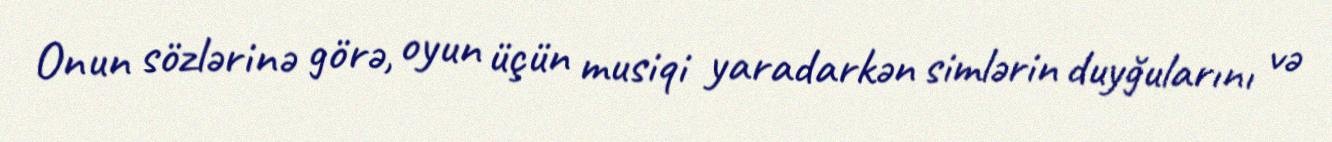
Onun sözlərinə görə, oyun üçün musiqi yaradarkən simlərin duyğularını və